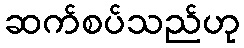
ဆက်စပ်သည်ဟု